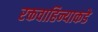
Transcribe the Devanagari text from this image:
रक्तवाहिन्याकडे